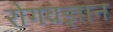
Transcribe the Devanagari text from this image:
रोगवज्ञान